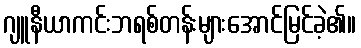
ဂျူနီယာကင်းဘရစ်တန်းများအောင်မြင်ခဲ့၏။